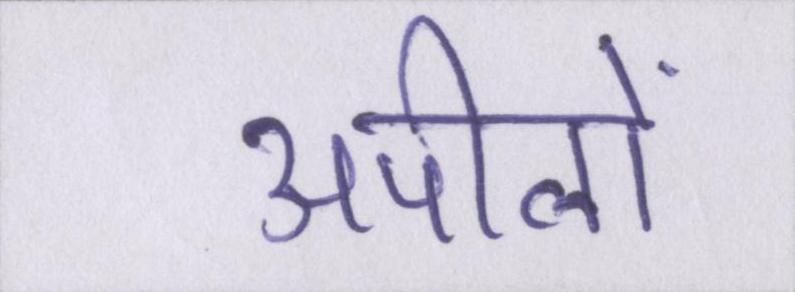
अपीलों